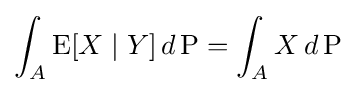
\int _{A}\operatorname {E} [X\mid Y]\,d\operatorname {P} =\int _{A}X\,d\operatorname {P}